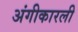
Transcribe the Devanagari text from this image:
अंगीकारली